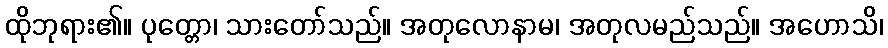
ထိုဘုရား၏။ ပုတ္တော၊ သားတော်သည်။ အတုလောနာမ၊ အတုလမည်သည်။ အဟောသိ၊